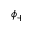
\phi _ { + }